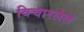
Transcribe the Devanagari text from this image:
विचारलेलं